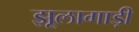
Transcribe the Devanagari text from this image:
झूलागाड़ी